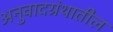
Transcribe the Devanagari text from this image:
अनुवादग्रंथातील